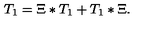
T _ { 1 } = \Xi \ast T _ { 1 } + T _ { 1 } \ast \Xi .